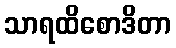
သာရထိစောဒိတာ